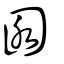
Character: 囦